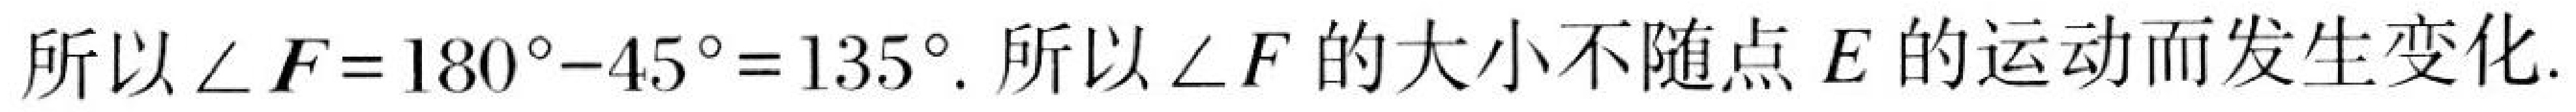
所以\(\angle F = 180^{\circ}-45^{\circ}=135^{\circ}\). 所以\(\angle F\)的大小不随点\(E\)的运动而发生变化.